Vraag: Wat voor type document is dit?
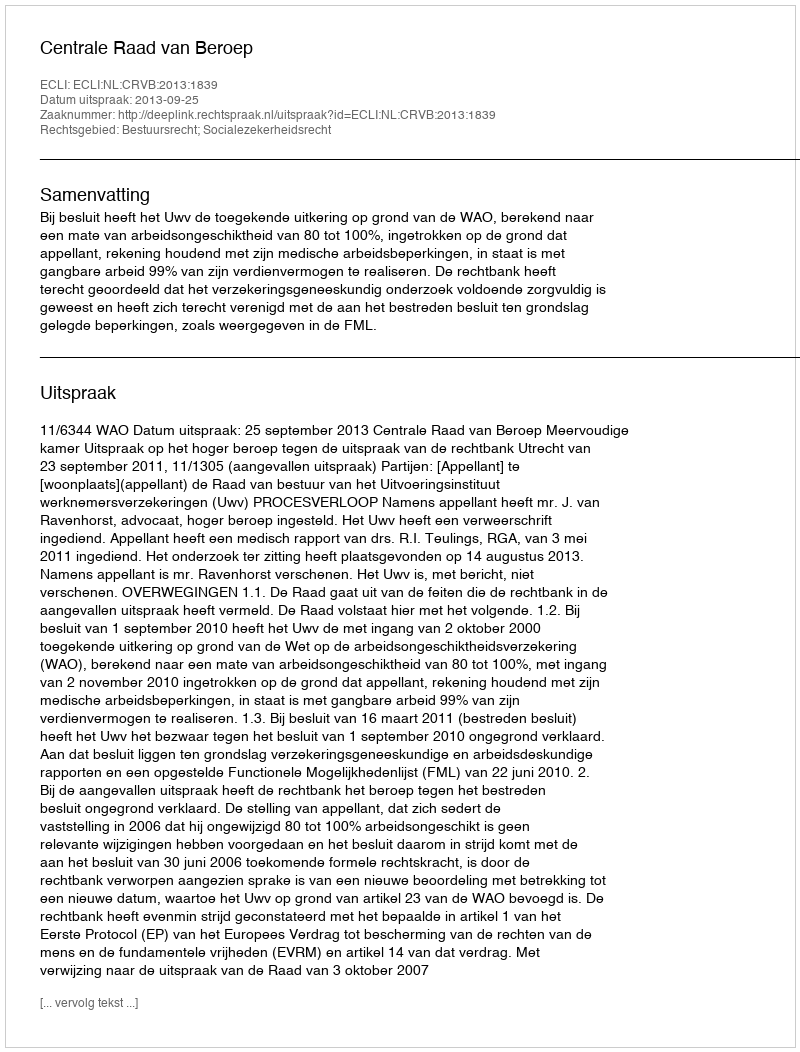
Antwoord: Uitspraak